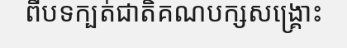
ពីបទក្បត់ជាតិគណបក្សសង្គ្រោះ